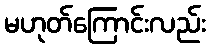
မဟုတ်ကြောင်းလည်း